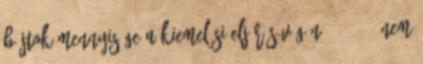
Bájtok mennyisége a kiemelési eljárás végén: 138 801 Nem